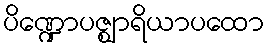
ပိဏ္ဍောပဇ္ဈာရိယာပထော